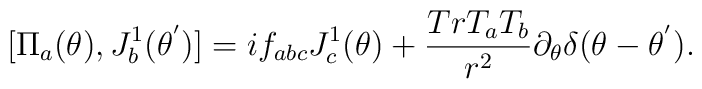
[{\Pi}_a(\theta),J^{1}_{b}({\theta}^{'})]=if_{abc} J^{1}_{c}(\theta) + \frac{TrT_a T_b}{r^2} {\partial}_{\theta}{\delta}(\theta -{\theta}^{'}).